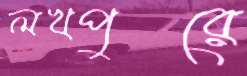
লখপুরে